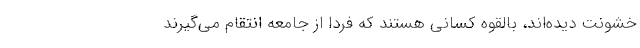
خشونت دیده‌اند، بالقوه کسانی هستند که فردا از جامعه انتقام می‌گیرند